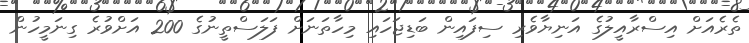
ތެރެއަށް އިސްރާއީލުގެ އަނިޔާވެރި ސިފައިން ބަޑިޖަހައި މިހާތަނަށް ފަލަސްތީނުގެ 200 އަށްވުރެ ގިނަމީހުން